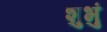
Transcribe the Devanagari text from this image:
शुभुं